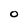
Character: O